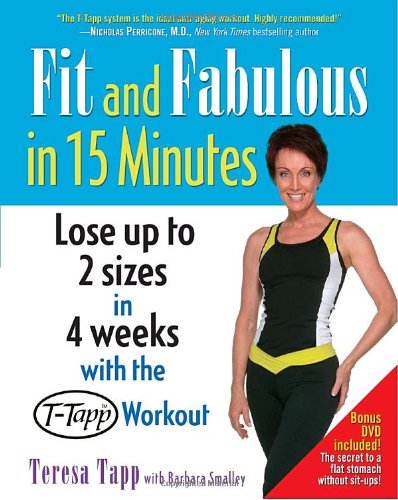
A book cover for Fit and Fabulous in 15 Minutes; Teresa Tapp; Health, Fitness & Dieting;